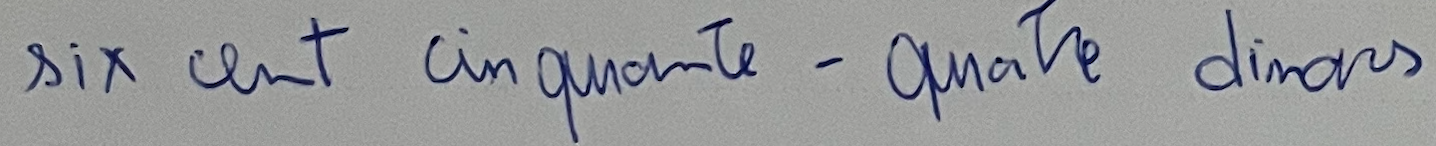
six cent cinquante-quatre dinars